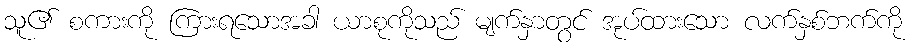
သူ၏ စကားကို ကြားရသောအခါ ယာစုကိုသည် မျက်နှာတွင် အုပ်ထားသော လက်နှစ်ဘက်ကို